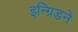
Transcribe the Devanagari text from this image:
इन्ग्रिडने